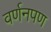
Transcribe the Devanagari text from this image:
वर्णनपण